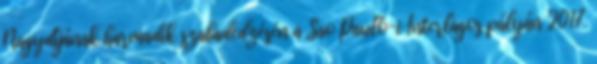
Nagydíjának harmadik szabadedzésén a Sao Pauló-i Interlagos pályán 2017.